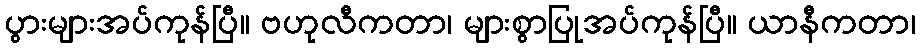
ပွားများအပ်ကုန်ပြီ။ ဗဟုလီကတာ၊ များစွာပြုအပ်ကုန်ပြီ။ ယာနီကတာ၊